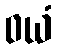
ဝယံ